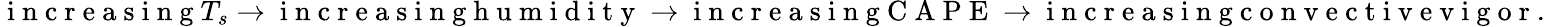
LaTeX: \mathrm{~i~n~c~r~e~a~s~i~n~g~}T_{s}\rightarrow\mathrm{~i~n~c~r~e~a~s~i~n~g~h~u~m~i~d~i~t~y~}\rightarrow\mathrm{~i~n~c~r~e~a~s~i~n~g~C~A~P~E~}\rightarrow\mathrm{~i~n~c~r~e~a~s~i~n~g~c~o~n~v~e~c~t~i~v~e~v~i~g~o~r~}.